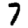
Digit: 7